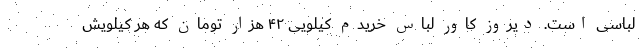
لباسی است. دیروز کاور لباس خریدم کیلویی ۴۲ هزار تومان که هر کیلویش